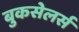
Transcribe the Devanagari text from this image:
बुकसेलर्स